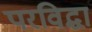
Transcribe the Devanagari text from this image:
परविद्धा